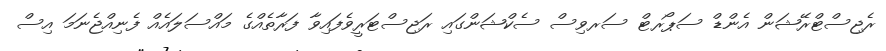
ރެޖިސްޓްރޭޝަން އެންޑް ސަޕޯރޓް ސަރވިސް ސެކްޝަންގައި ރަޖިސްޓަރީވެފައިވާ ފަރާތެއްގެ މައްސަލައެއް ފެނިއްޖެނަމަ އިސް